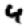
Digit: 4